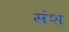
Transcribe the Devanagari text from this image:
संश